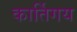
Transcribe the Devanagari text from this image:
कार्तिगय